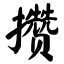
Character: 攒